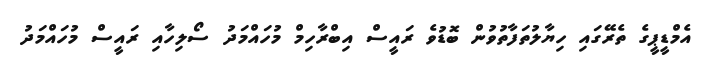
އެމްޑީޕީގެ ތެރޭގައި ހިޔާލުތަފާތުވުން ބޮޑުވެ ރައީސް އިބްރާހިމް މުހައްމަދު ސޯލިހާއި ރައީސް މުހައްމަދު